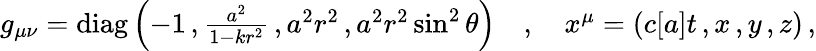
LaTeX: \begin{array}{r}{g_{\mu\nu}=\textrm{diag}\left(-1\, ,\frac{a^{2}}{1-kr^{2}}\, ,a^{2}r^{2}\, ,a^{2}r^{2}\sin^{2}\theta\right)\quad,\quad x^{\mu}=\left(c[a]t\, ,x\, ,y\, ,z\right)\, ,}\end{array}